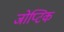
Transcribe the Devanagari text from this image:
जोप्टिक